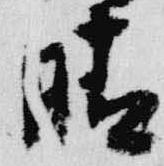
晴